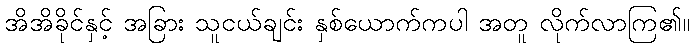
အိအိခိုင်နှင့် အခြား သူငယ်ချင်း နှစ်ယောက်ကပါ အတူ လိုက်လာကြ၏။